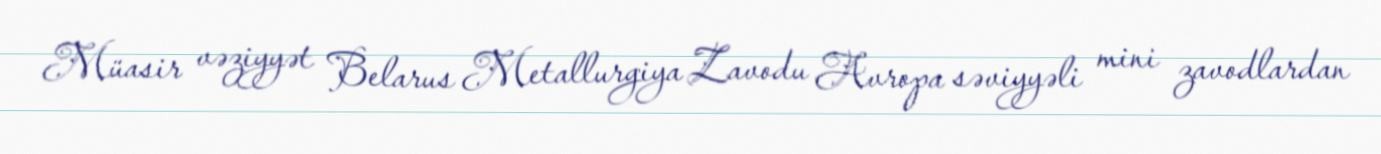
Müasir vəziyyət Belarus Metallurgiya Zavodu Avropa səviyyəli mini zavodlardan